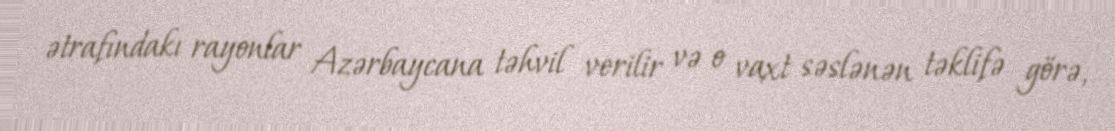
ətrafındakı rayonlar Azərbaycana təhvil verilir və o vaxt səslənən təklifə görə,